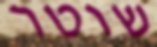
שוטר